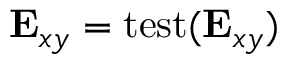
\mathbf { E } _ { x y } = \mathop { \mathrm { t e s t } } ( \mathbf { E } _ { x y } )